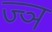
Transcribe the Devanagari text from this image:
ज्‍ञ